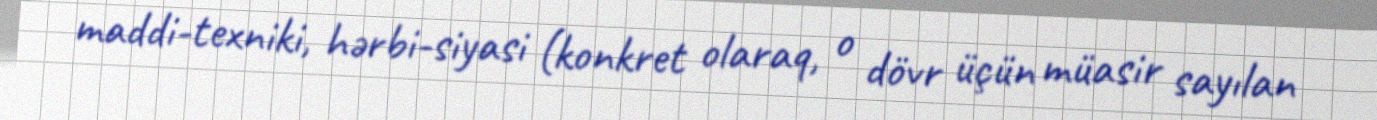
maddi-texniki, hərbi-siyasi (konkret olaraq, o dövr üçün müasir sayılan